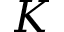
K